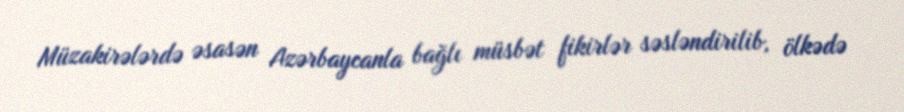
Müzakirələrdə əsasən Azərbaycanla bağlı müsbət fikirlər səsləndirilib, ölkədə